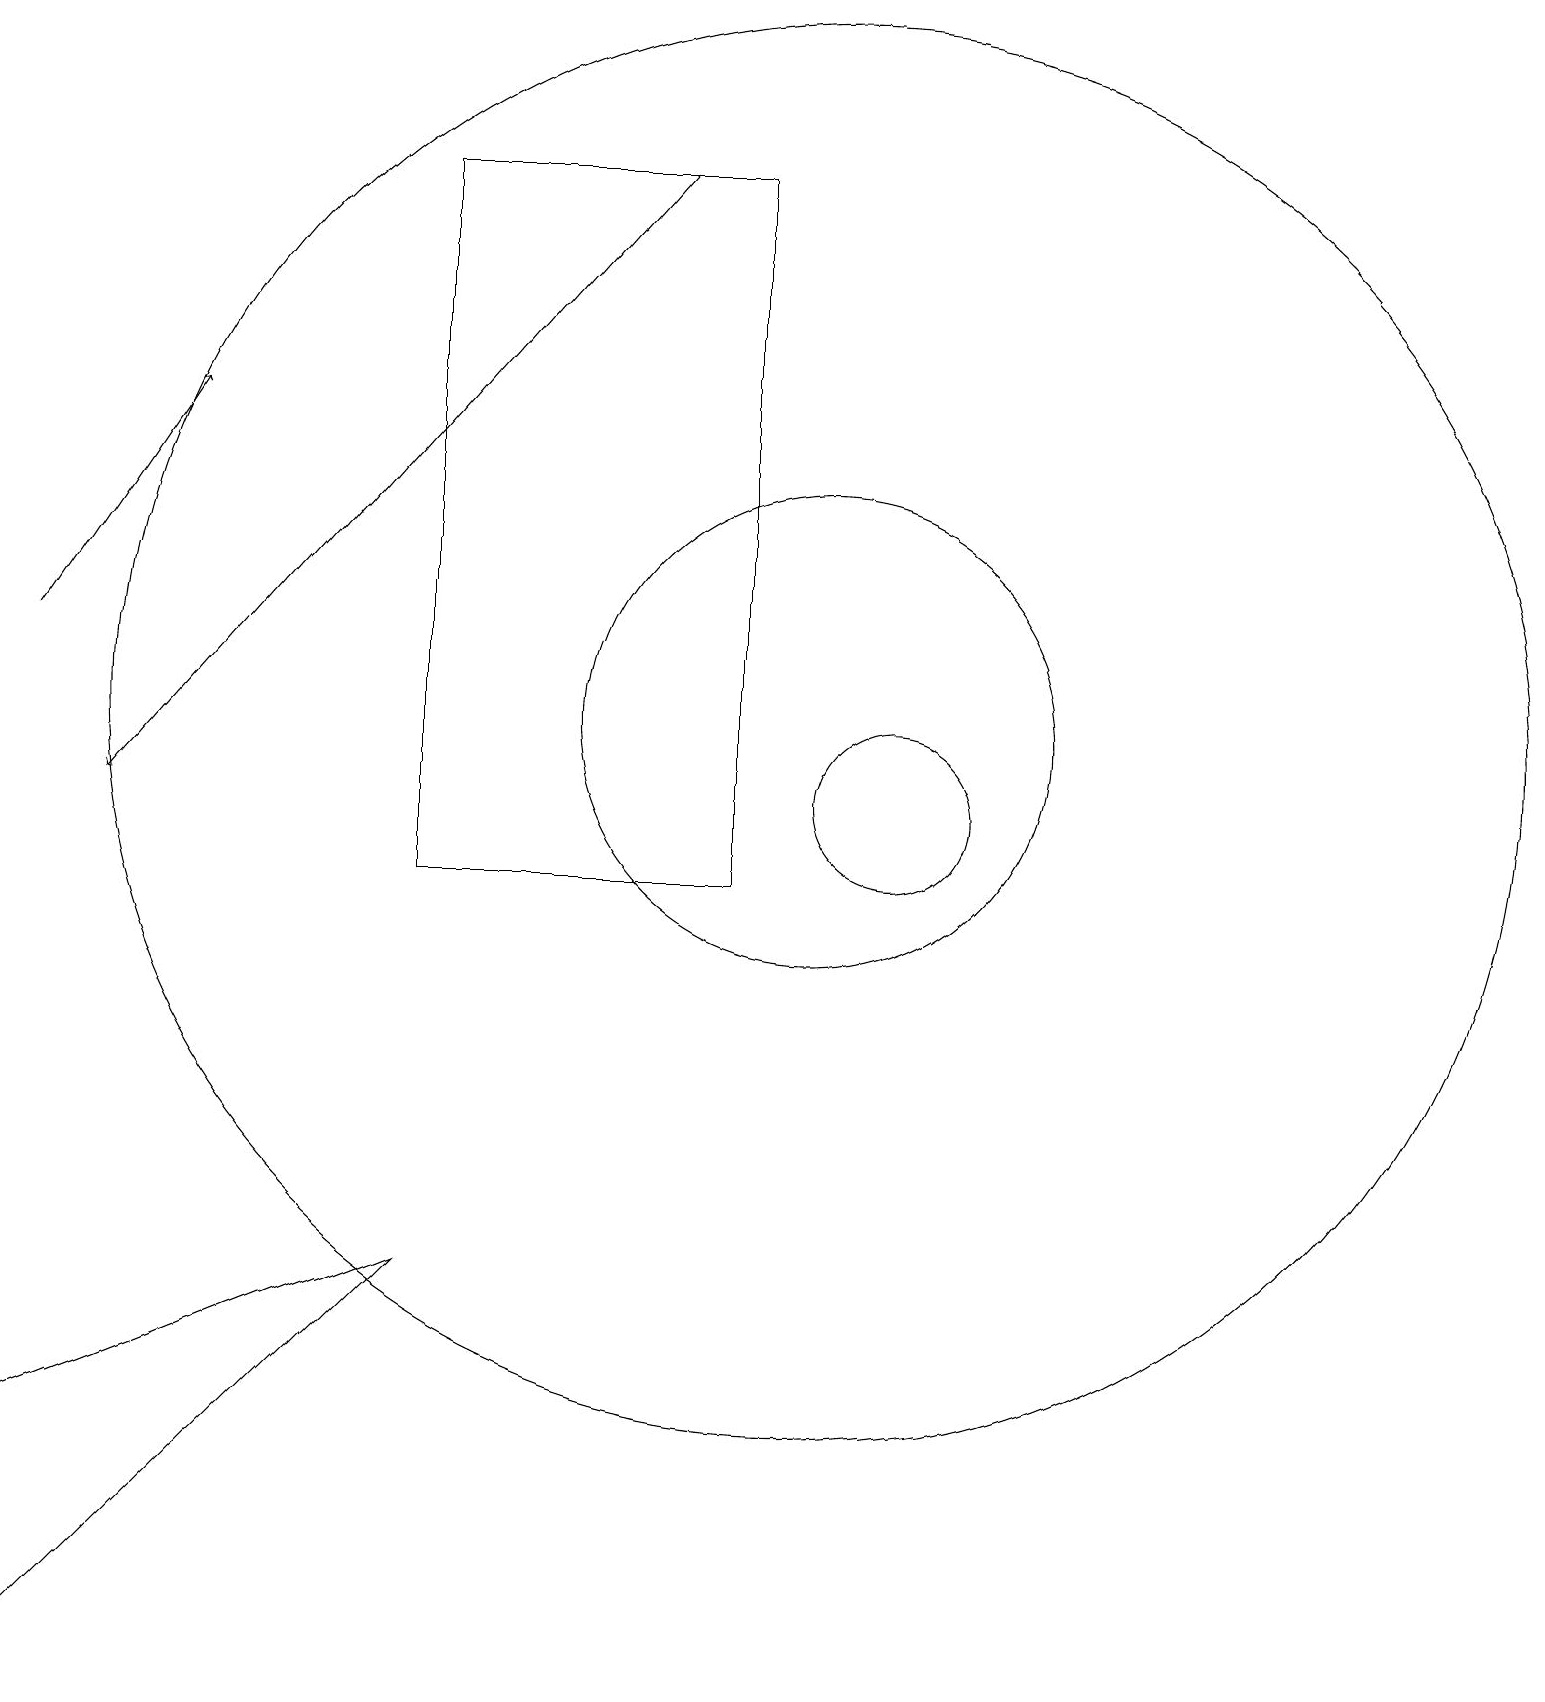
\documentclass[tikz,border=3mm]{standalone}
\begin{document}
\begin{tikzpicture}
\draw (5,5) -- (0,0) -- (0,3) -- cycle;
\draw[->] (0,13) -- (2,16);
\draw (11,11) circle (1);
\draw[->] (8,19) -- (1,11);
\draw (10,12) circle (3);
\draw (5,19) rectangle (9,10);
\draw (10,12) circle (9);
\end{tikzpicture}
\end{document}